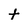
Character: t